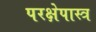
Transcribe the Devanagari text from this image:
परक्षेपास्त्र